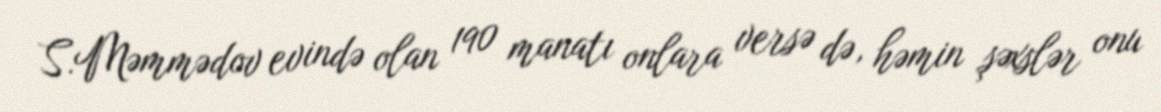
S.Məmmədov evində olan 190 manatı onlara versə də, həmin şəxslər onu